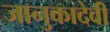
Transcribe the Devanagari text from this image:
जानुकादेवी